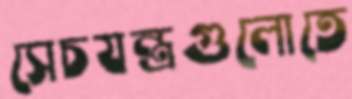
সেচযন্ত্রগুলোতে